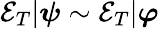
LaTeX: \mathcal{E}_{T}|\boldsymbol{\psi}\sim\mathcal{E}_{T}|\boldsymbol{\varphi}